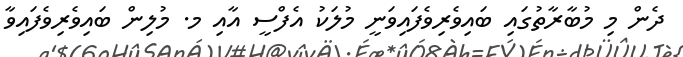
ދެން މި މުބާރާތުގައި ބައިވެރިވެފައިވަނީ މުލަކު އެފްސީ އާއި މ. މުލިން ބައިވެރިވެފައިވާ